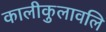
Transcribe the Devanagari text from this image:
कालीकुलावलि